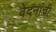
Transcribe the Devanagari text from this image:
वेदनांची